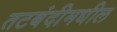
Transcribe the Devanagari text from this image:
तटबंदीमधील